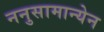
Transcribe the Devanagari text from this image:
ननुसामान्येन